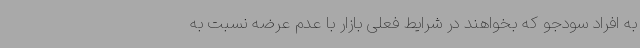
به افراد سودجو که بخواهند در شرایط فعلی بازار با عدم عرضه نسبت به